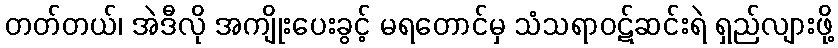
တတ်တယ်၊ အဲဒီလို အကျိုးပေးခွင့် မရတောင်မှ သံသရာဝဋ်ဆင်းရဲ ရှည်လျားဖို့